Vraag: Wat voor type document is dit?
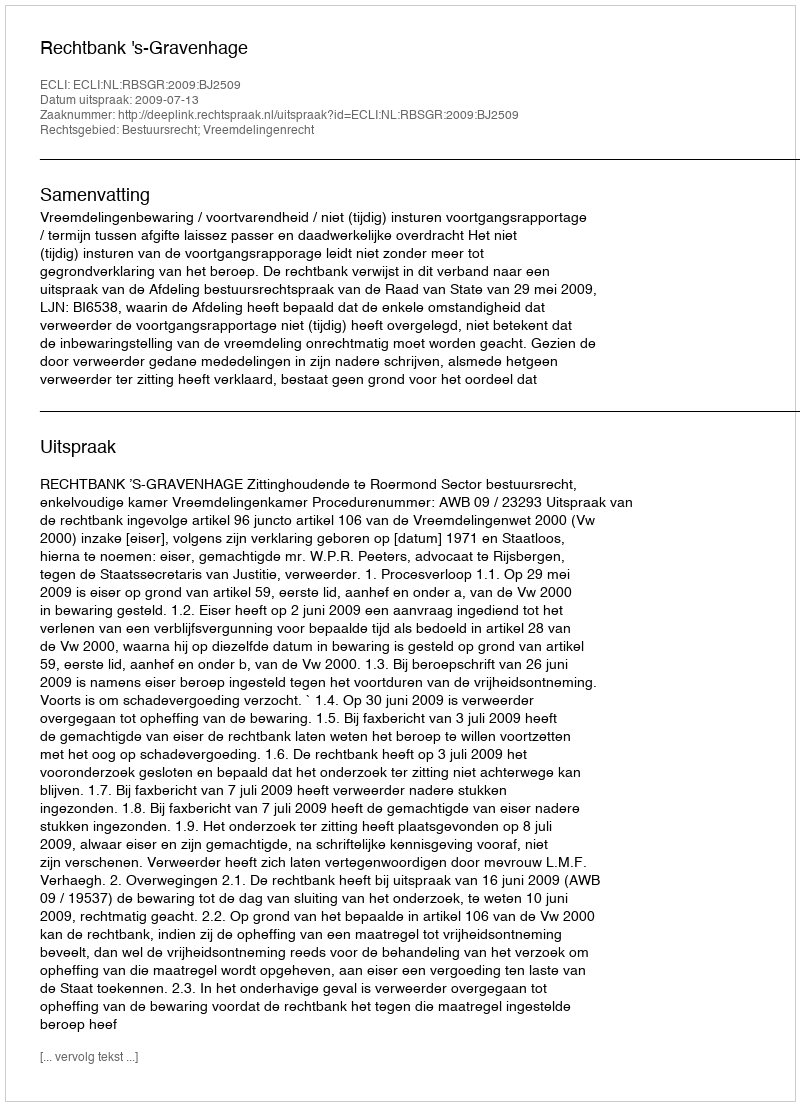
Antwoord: Uitspraak